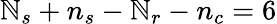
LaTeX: \mathbb{N}_{s}+n_{s}-\mathbb{N}_{r}-n_{c}=6